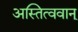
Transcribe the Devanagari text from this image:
अस्तित्ववान्‌